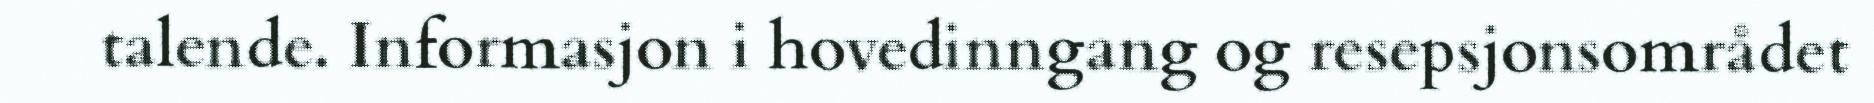
talende. Informasjon i hovedinngang og resepsjonsområdet